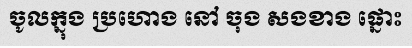
ចូលក្នុង ប្រហោង នៅ ចុង សងខាង ផ្នោះ